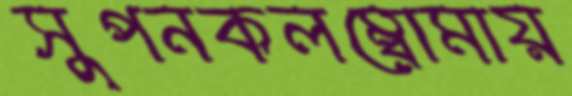
সুপনকলম্বোমায়